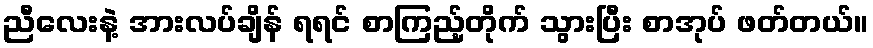
ညီလေးနဲ့ အားလပ်ချိန် ရရင် စာကြည့်တိုက် သွားပြီး စာအုပ် ဖတ်တယ်။